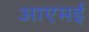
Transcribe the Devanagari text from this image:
आएमई